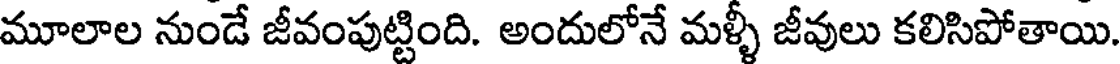
మూలాల నుండే జీవంపుట్టింది. అందులోనే మళ్ళీ జీవులు కలిసిపోతాయి.